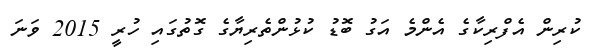
ކުރިން އެފްރިކާގެ އެންމެ އަގު ބޮޑު ކުޅުންތެރިޔާގެ ގޮތުގައި ހުރީ 2015 ވަނަ